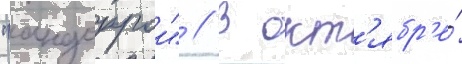
"андоррои" // В окт'ябр'е́